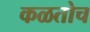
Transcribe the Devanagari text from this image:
कळतोच